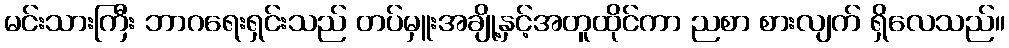
မင်းသားကြီး ဘာဂရေးရှင်းသည် တပ်မှူးအချို့နှင့်အတူထိုင်ကာ ညစာ စားလျက် ရှိလေသည်။